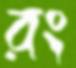
রং